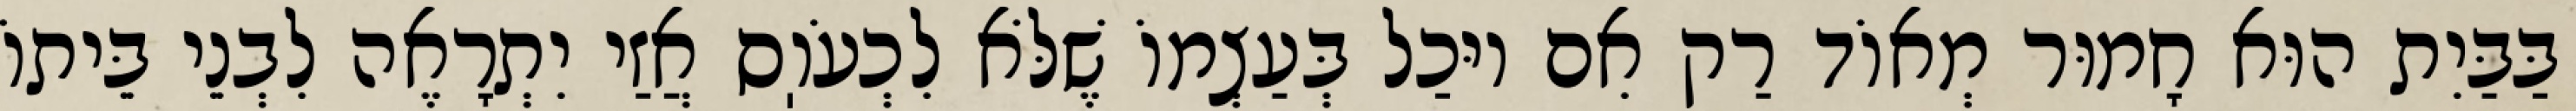
בַּבַּיִת הוּא חָמוּר מְאוֹד רַק אִם יוּכַל בְּעַצְמוֹ שֶׁלֹּא לִכְעֹוֽס אֲזַי יִתְרָאֶה לִבְנֵי בֵּיתוֹ